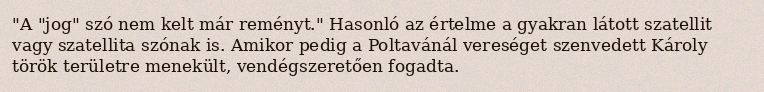
"A "jog" szó nem kelt már reményt." Hasonló az értelme a gyakran látott szatellit vagy szatellita szónak is. Amikor pedig a Poltavánál vereséget szenvedett Károly török területre menekült, vendégszeretően fogadta.